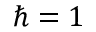
\hbar = 1